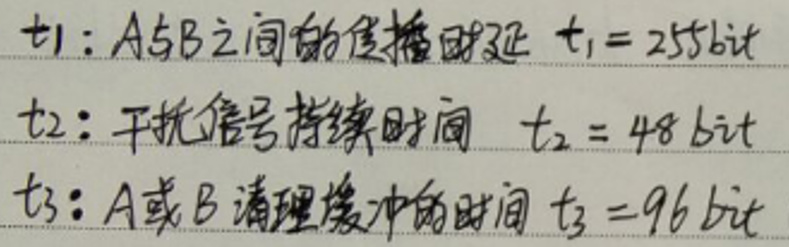
t1: &A与B之间的传输时延\(\quad t_1 = 256bit\)\\
t2: &干扰信号持续时间\(\quad t_2 = 48bit\)\\
t3: &A或B清理缓冲的时间\(\quad t_3 = 96bit\)